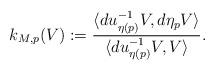
LaTeX: \begin{align*} k_{M,p}(V) := \frac{\langle du^{-1}_{\eta(p)}V,d\eta_pV\rangle}{\langle du^{-1}_{\eta(p)}V,V\rangle}.\end{align*}